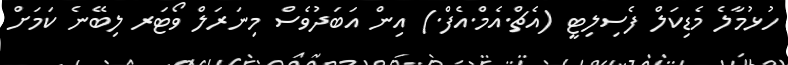
ހުޅުމާލެ މެޑިކަލް ފެސިލިޓީ (އެޗް.އެމް.އެފް.) އިން އަބަދުވެސް މިނަރަލް ވޯޓަރ ލިބޭނެ ކަމަށް